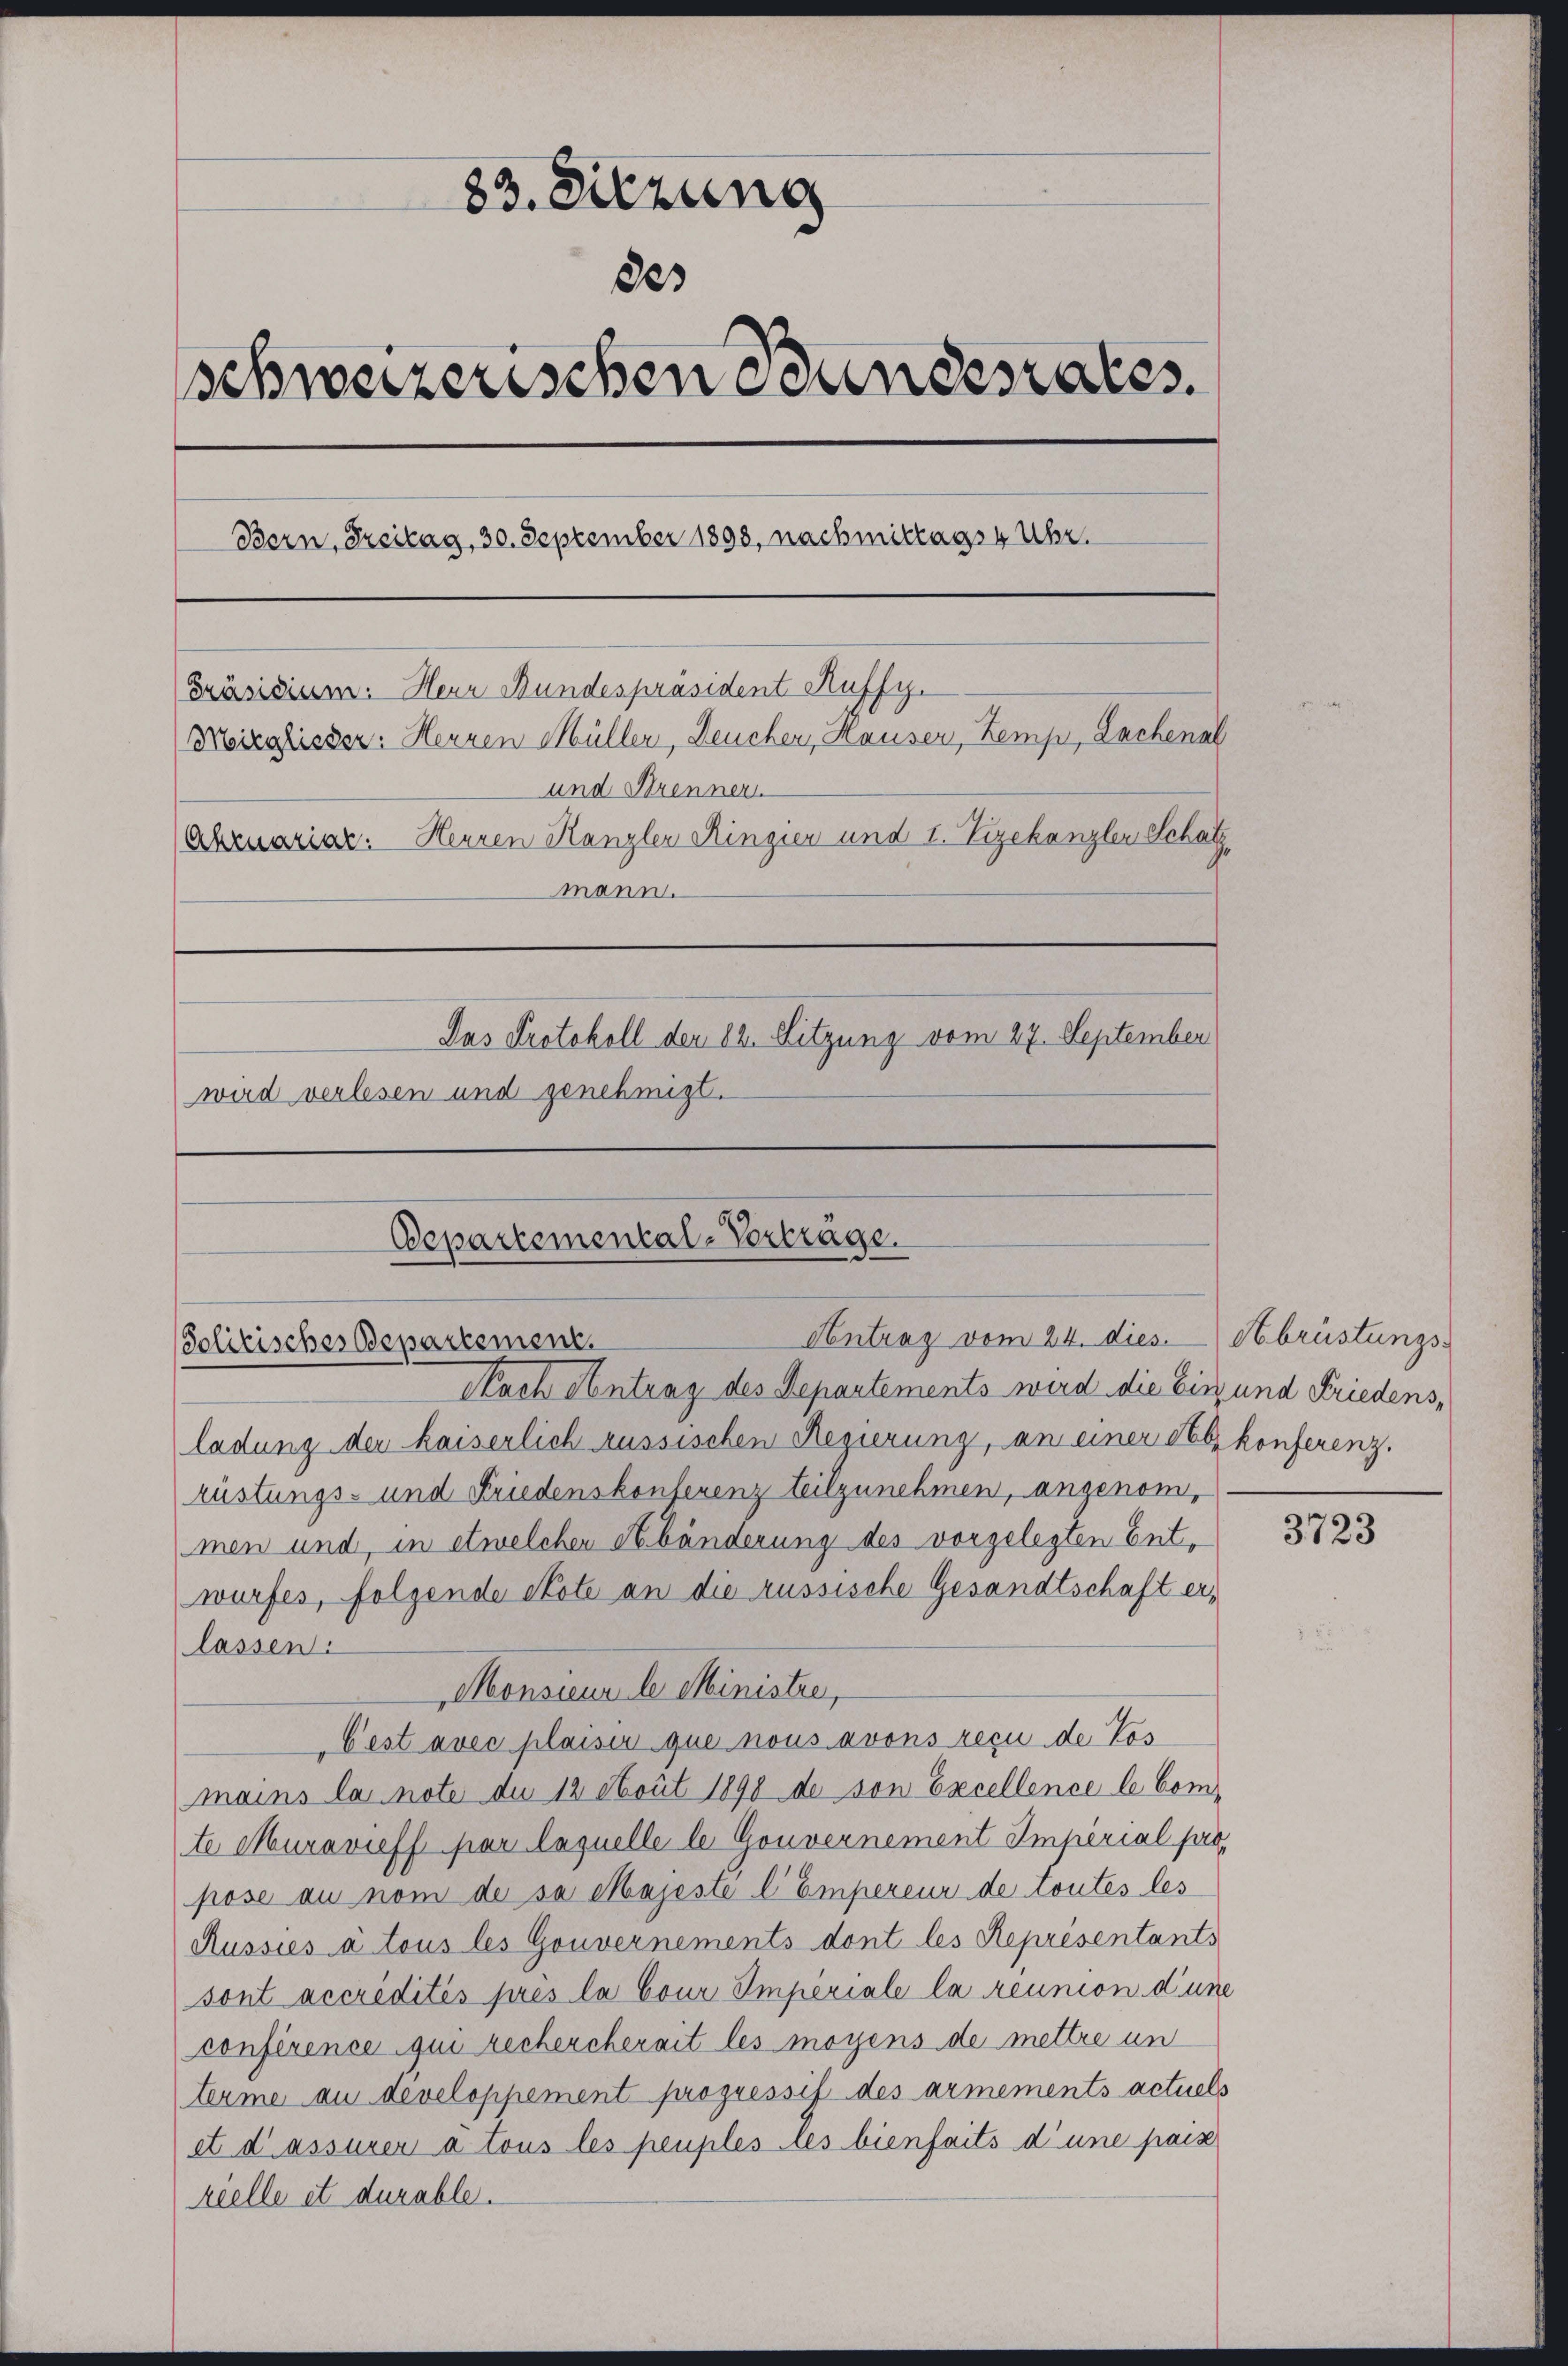
33. Sitzung
82
schweizerischen Standesrates.
Bern, Freitag, 30. September 1898, nachmittags 4 Uhr.
Präsidium. Herr Bundespräsident Auffy.
Moizglisser: Herren Müller, Deucher, Hauser, Zemp, Lachenal
und Strenner
Abruariar. Heuren Kanzler Ringier und I. Vizekanzler Schatz
mann.
Das Protokoll den 12. Sitzung vom 27. September
wird verlesen und genehmigt.

Departemental-Verträge.
Antrag vom 24. dies. brüstungs-
Solitisches Departement.

Nach Antrag des Departements wird die Einz und Friedens,
ladung der kaiserlich aussischen Regierung, an einer Setzkonferenz.
rüstungs- und Friedenskonferenz teilzunehmen, angenommen und, in etwelchen Abänderung des vorgelegten Entwurfes, folgende Note an die russische Gesandtschaft erlassen:
Monsieur le Ministre,
Cest avec plaisir que nous avons reçu de Pos
mains la note du 12 tout 1890 de von Excellence le Comte Muravieff par laquelle le Gouvernement Imperial po
pose au nom de sa Majeste l Empereur de toutes les
Russies à tous les Gouvernements dont les Représentants
sont accrédités prés la Cour Imperiale la réunion d’une
conférence qui rechercherait les moyens de mettre un
terme au developpement propressif des armements actuels
et d’assurer à tous les peuples les bienseits d’une pais
reelle et durable.

3723